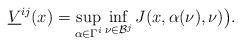
LaTeX: \begin{align*}\underline{V}^{ij}(x)=\sup\limits_{\alpha\in \Gamma^i}\inf\limits_{\nu\in\mathcal{B}^j}J(x,\alpha(\nu),\nu)\big).\end{align*}